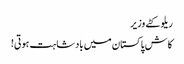
ریلو کٹے وزیر
کاش پاکستان میں بادشاہت ہوتی!